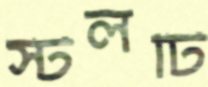
স্টলটি